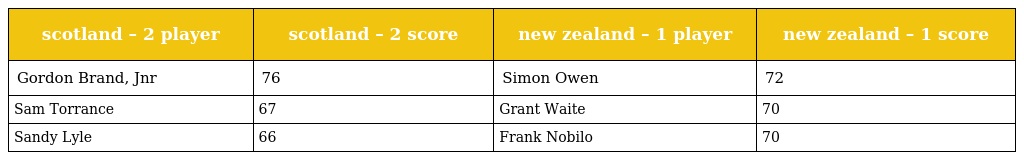
| scotland – 2 player | scotland – 2 score | new zealand – 1 player | new zealand – 1 score |
 | --- | --- | --- | --- |
 | Gordon Brand, Jnr | 76 | Simon Owen | 72 |
 | Sam Torrance | 67 | Grant Waite | 70 |
 | Sandy Lyle | 66 | Frank Nobilo | 70 |